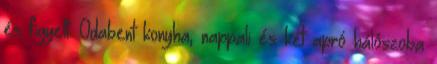
és figyelt. Odabent konyha, nappali és két apró hálószoba